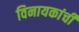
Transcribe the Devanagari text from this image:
विनायकांची